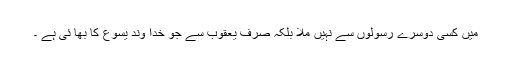
میں کسی دُوسرے رسولوں سے نہیں ملا بلکہ صرف یعقوب سے جو خدا وند یسوع کا بھا ئی ہے ۔